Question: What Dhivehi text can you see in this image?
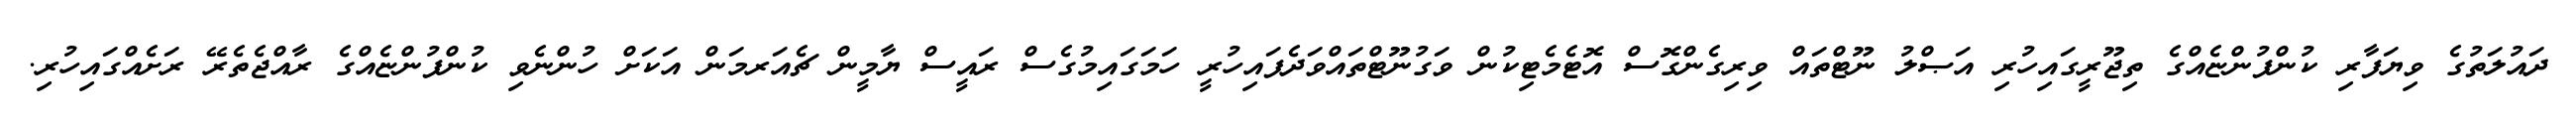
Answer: ދައުލަތުގެ ވިޔަފާރި ކުންފުންޏެއްގެ ތިޖޫރީގައިހުރި އަޞްލު ނޫޓްތައް ވިރިގެންގޮސް އޮޓެމެޓިކުން ވަގުނޫޓްތައްވަދެފައިހުރީ ހަމަގައިމުގެސް ރައީސް ޔާމީން ޗެއަރމަން އަކަށް ހުންނެވި ކުންފުންޏެއްގެ ރާއްޖެތެރޭ ރަށެއްގައިހުރި.